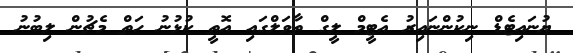
ޔުނައިޓެޑް ނިކުންނައިރު އެޓީމް ލީގް ތާވަލްގައި އޮތީ ކުޅުނު ހަތް މެޗުން ލިބުނު